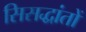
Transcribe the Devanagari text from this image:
सिसद्धांतों